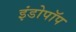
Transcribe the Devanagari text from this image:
इंडोपॉप